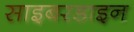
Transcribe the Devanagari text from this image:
साइबरडाइन